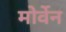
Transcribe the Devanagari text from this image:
मोर्वेन